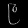
Digit: ၉